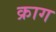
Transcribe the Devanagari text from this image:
क्राग